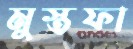
মুস্তফা